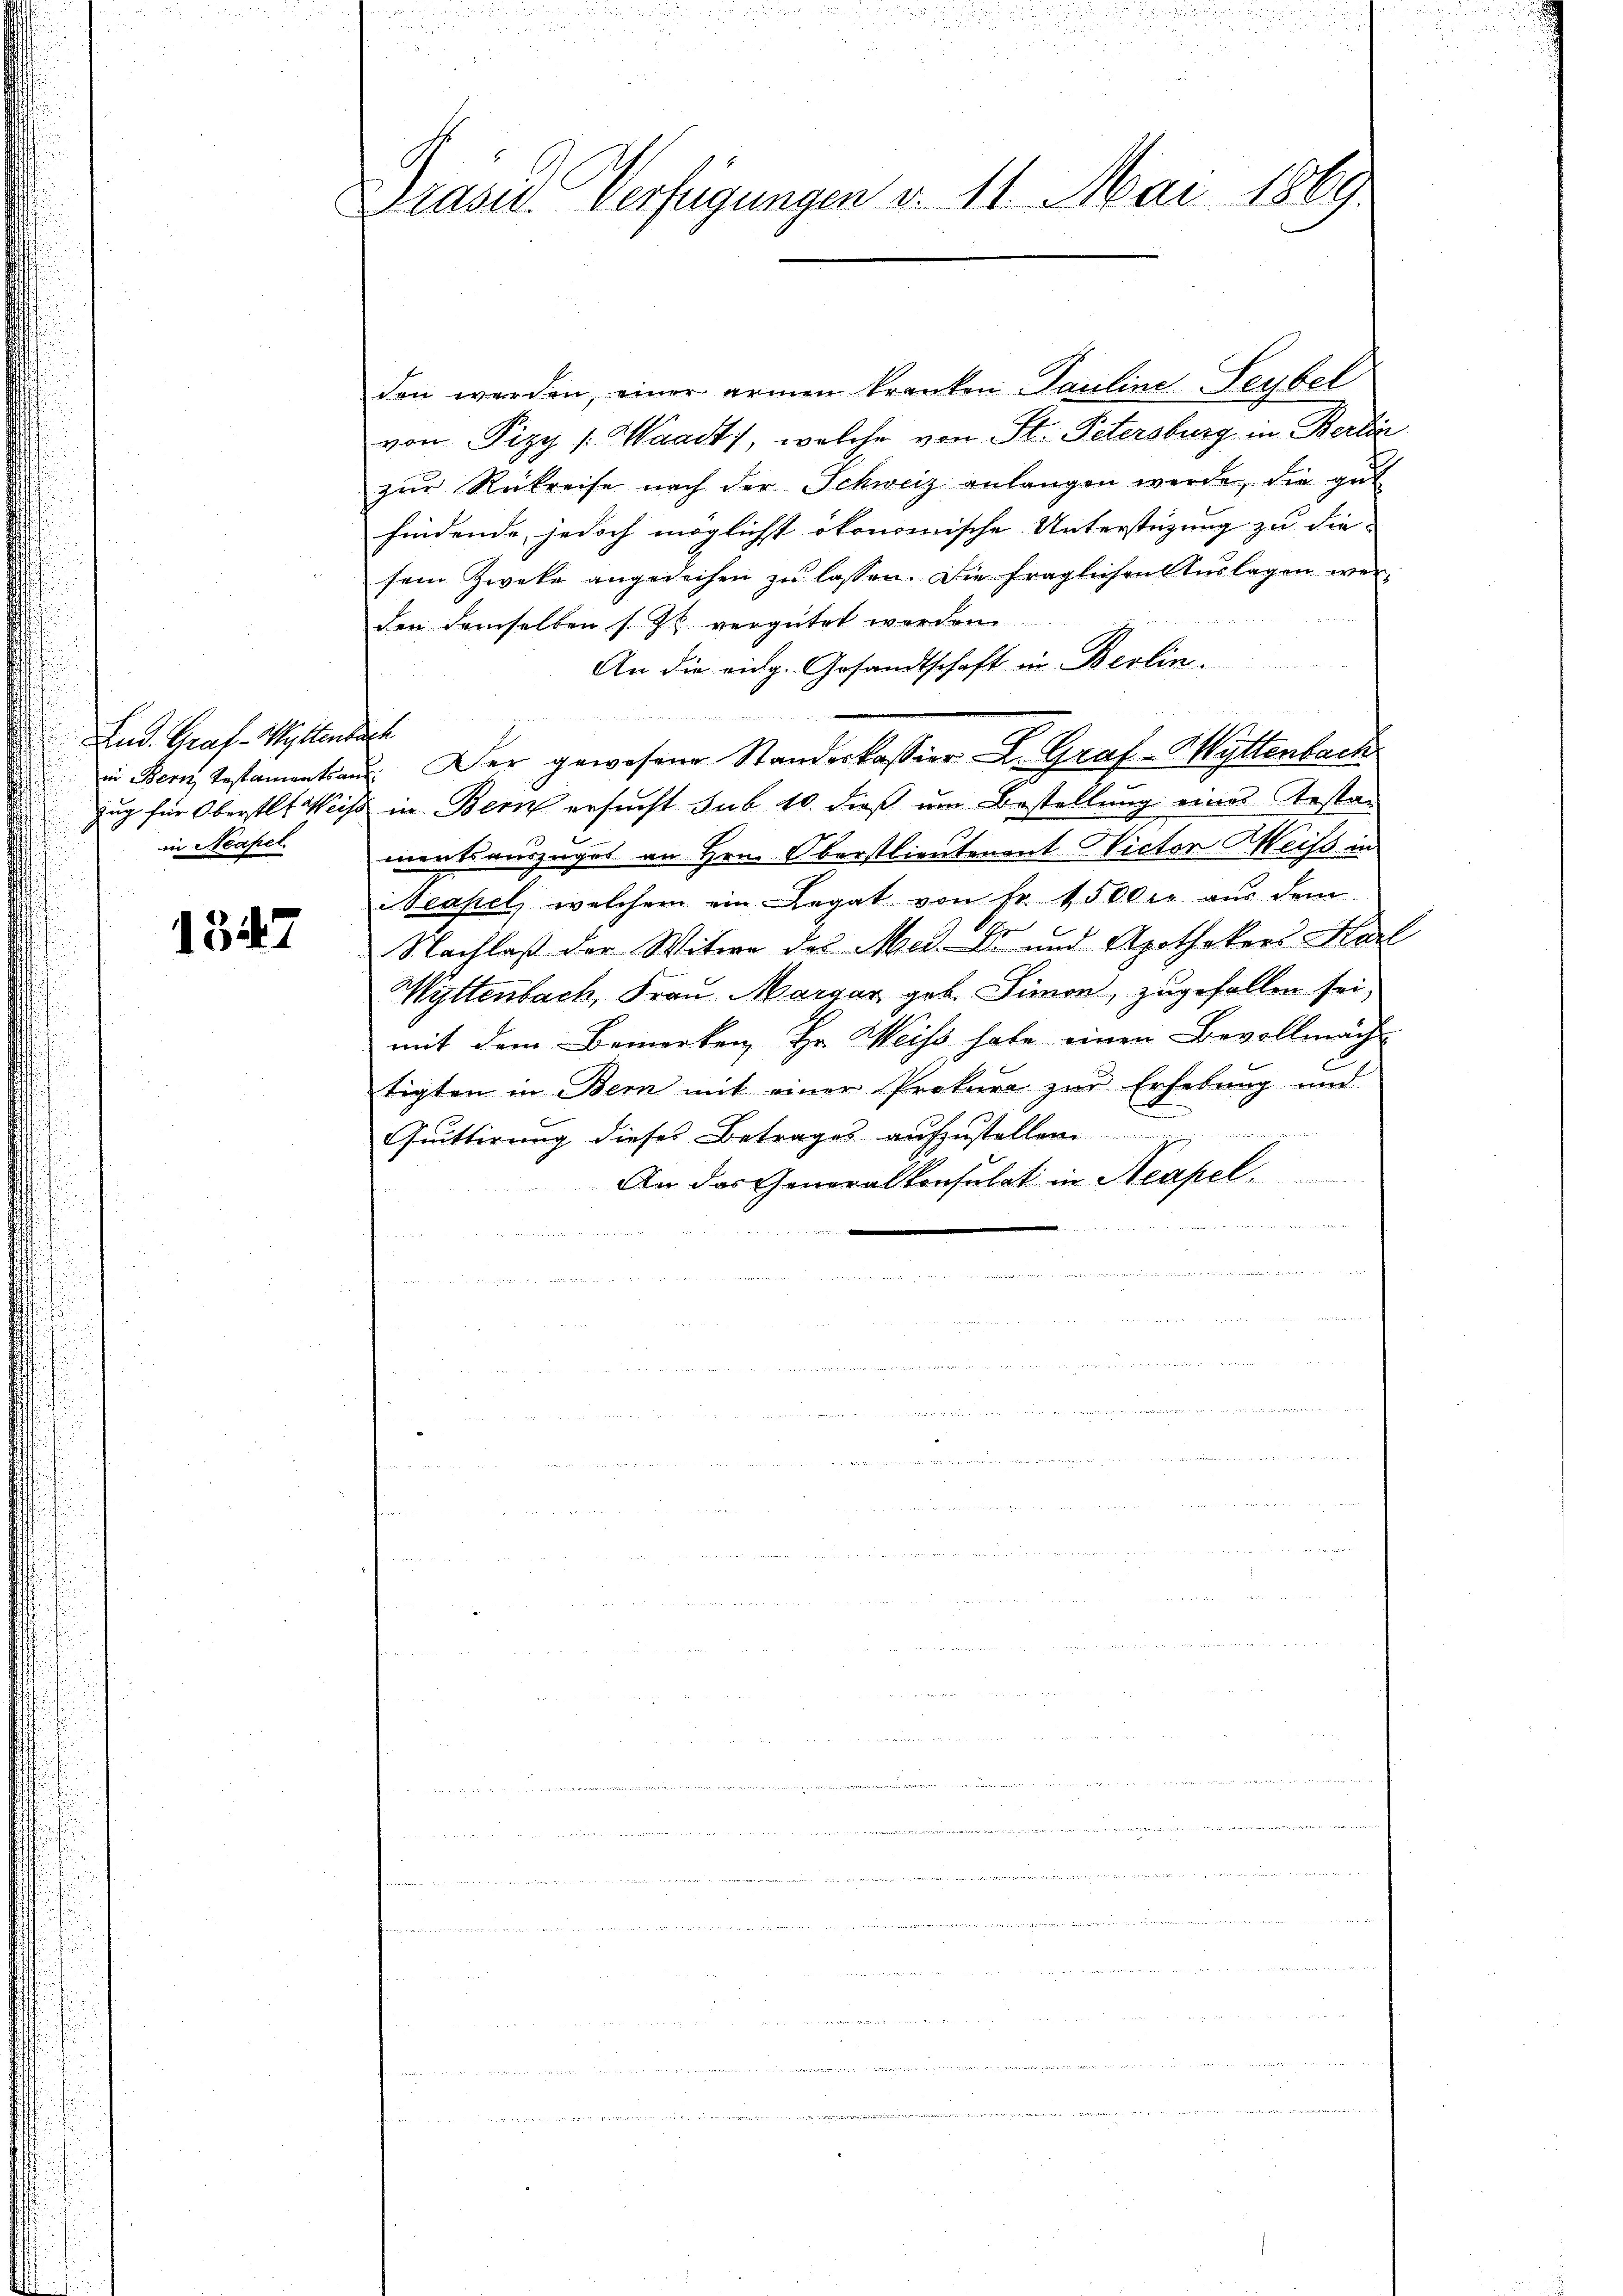
Lud. Graf - Wettenber
Zug für Oberstlt Weise
in Neapel.

1547

Präsel. Verfügungen v. 11. Mai 1869.

den werden, einer armen kranken Pauline Seybel
von Pizy /: Waadt, welche von St. Petersburg in Berlin
zŭr Rükreise nach der Schweiz anlangen werde, die gut
findende, jedoch möglicht ökonomische Unterstüzung zu die
sem Zweke angedeihen zu lassen. Die fraglichen Auslagen wer¬

den demselben s. Zt. vergütet werden.
An die eidg. Gesandtschaft in Berlin.
l
in Dem Testamentia. Der gewesene Standerkassier. Graf-Myttenbach
in Bern ersucht sub 10. dieß um Bestellung eines Anstan
mentsauszuges an Hrn. Oberstlieutenent Nictor Weiss in
Neapel, welchem ein Legat von Fr. 1500 aus dem
Nachlaß der Witwe des Med. Dr und Apothekers Karl
Wyttenbach, Frau Margar, geb. Simon, zugefallen sei,
mit dem Bemerken, Hr. Weiss habe einen Bevollmäch
tigten in Bern mit einer Prokura zur Erhebung und
Quittirung dieses Betrages aufzustellen
An das Generalkonsulat in Neapel.
n

 en

 Heer und
e